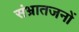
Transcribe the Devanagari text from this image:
संभ्रातजनों